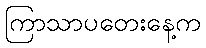
ကြာသာပတေးနေ့က